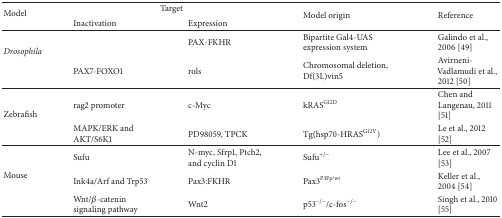
| <ROWSPAN=2> Model | <COLSPAN=2> Target | <ROWSPAN=2> Model origin | <ROWSPAN=2> Reference |
 | Inactivation | Expression |
 | --- | --- | --- | --- | --- |
 | <ROWSPAN=2> Drosophila |  | PAX-FKHR | Bipartite Gal4-UAS expression system | Galindo et al., 2006 [49] |
 | PAX7-FOXO1 | rols | Chromosomal deletion, Df(3L)vin5 | Avirneni-Vadlamudi et al., 2012 [50] |
 | <ROWSPAN=2> Zebrafish | rag2 promoter | c-Myc | kRASG12D | Chen and Langenau, 2011 [51] |
 | MAPK/ERK and AKT/S6K1 | PD98059, TPCK | Tg(hsp70-HRASG12V) | Le et al., 2012 [52] |
 | <ROWSPAN=3> Mouse | Sufu | N-myc, Sfrp1, Ptch2, and cyclin D1 | Sufu+/− | Lee et al., 2007 [53] |
 | Ink4a/Arf and Trp53 | Pax3:FKHR | Pax3P3Fp/wt | Keller et al., 2004 [54] |
 | Wnt/β-catenin signaling pathway | Wnt2 | p53−/−/c-fos−/− | Singh et al., 2010 [55] |